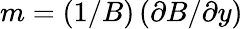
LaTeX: m=\left(1/B\right)\left(\partial B/\partial y\right)